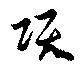
項